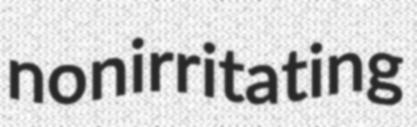
nonirritating